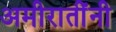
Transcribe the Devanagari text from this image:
अमीरातींनी